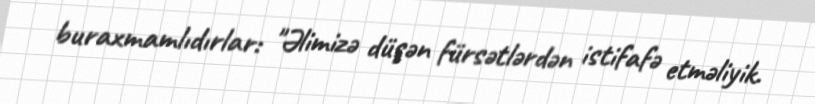
buraxmamlıdırlar: "Əlimizə düşən fürsətlərdən istifafə etməliyik.